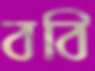
ববি